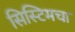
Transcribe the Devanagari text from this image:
सिस्टिमचा